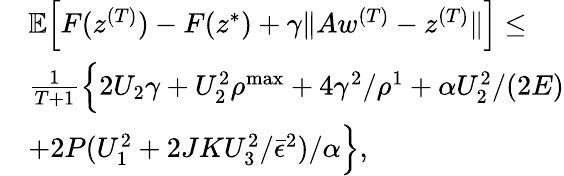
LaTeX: \begin{array}{rl}&{\mathbb{E}\Big[F(z^{(T)})-F(z^{*})+\gamma\| Aw^{(T)}-z^{(T)}\| \Big]\leq}\\ &{\frac{1}{T+1}\Big\{ 2U_{2}\gamma+U_{2}^{2}\rho^{\mathrm{max}}+4\gamma^{2}/\rho^{1}+\alpha U_{2}^{2}/(2E)}\\ &{+2P(U_{1}^{2}+2JKU_{3}^{2}/\bar{\epsilon}^{2})/\alpha\Big\} ,}\end{array}